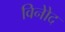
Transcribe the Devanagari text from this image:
विनोेद